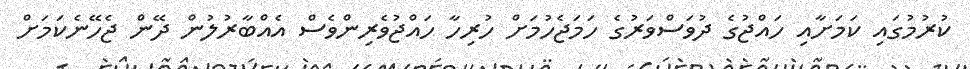
ކުރުމުގައި ކަމަށާއި ހައްޖުގެ ދުވަސްވަރުގެ ހަމަޖެހުމަށް ހުރިހާ ހައްޖުވެރިންވެސް އެއްބާރުލުން ދޭން ޖެހޭނެކަމަށް